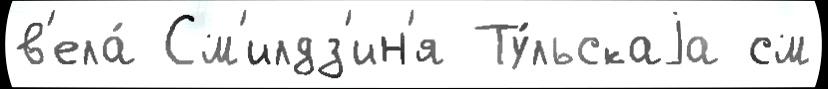
в'ела́ См'илдз'ин'я Ту́льскаjа см